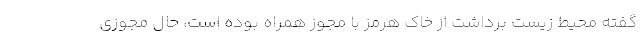
گفته محیط زیست برداشت از خاک هرمز با مجوز همراه بوده است، حال مجوزی